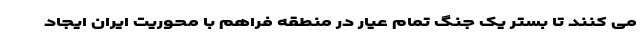
می کنند تا بستر یک جنگ تمام عیار در منطقه فراهم با محوریت ایران ایجاد